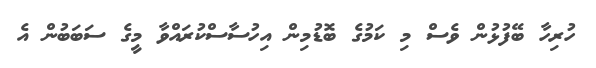
ހުރިހާ ބޭފުޅުން ވެސް މި ކަމުގެ ބޮޑުމިން އިހުސާސްކުރައްވާ މީގެ ސަބަބުން އެ